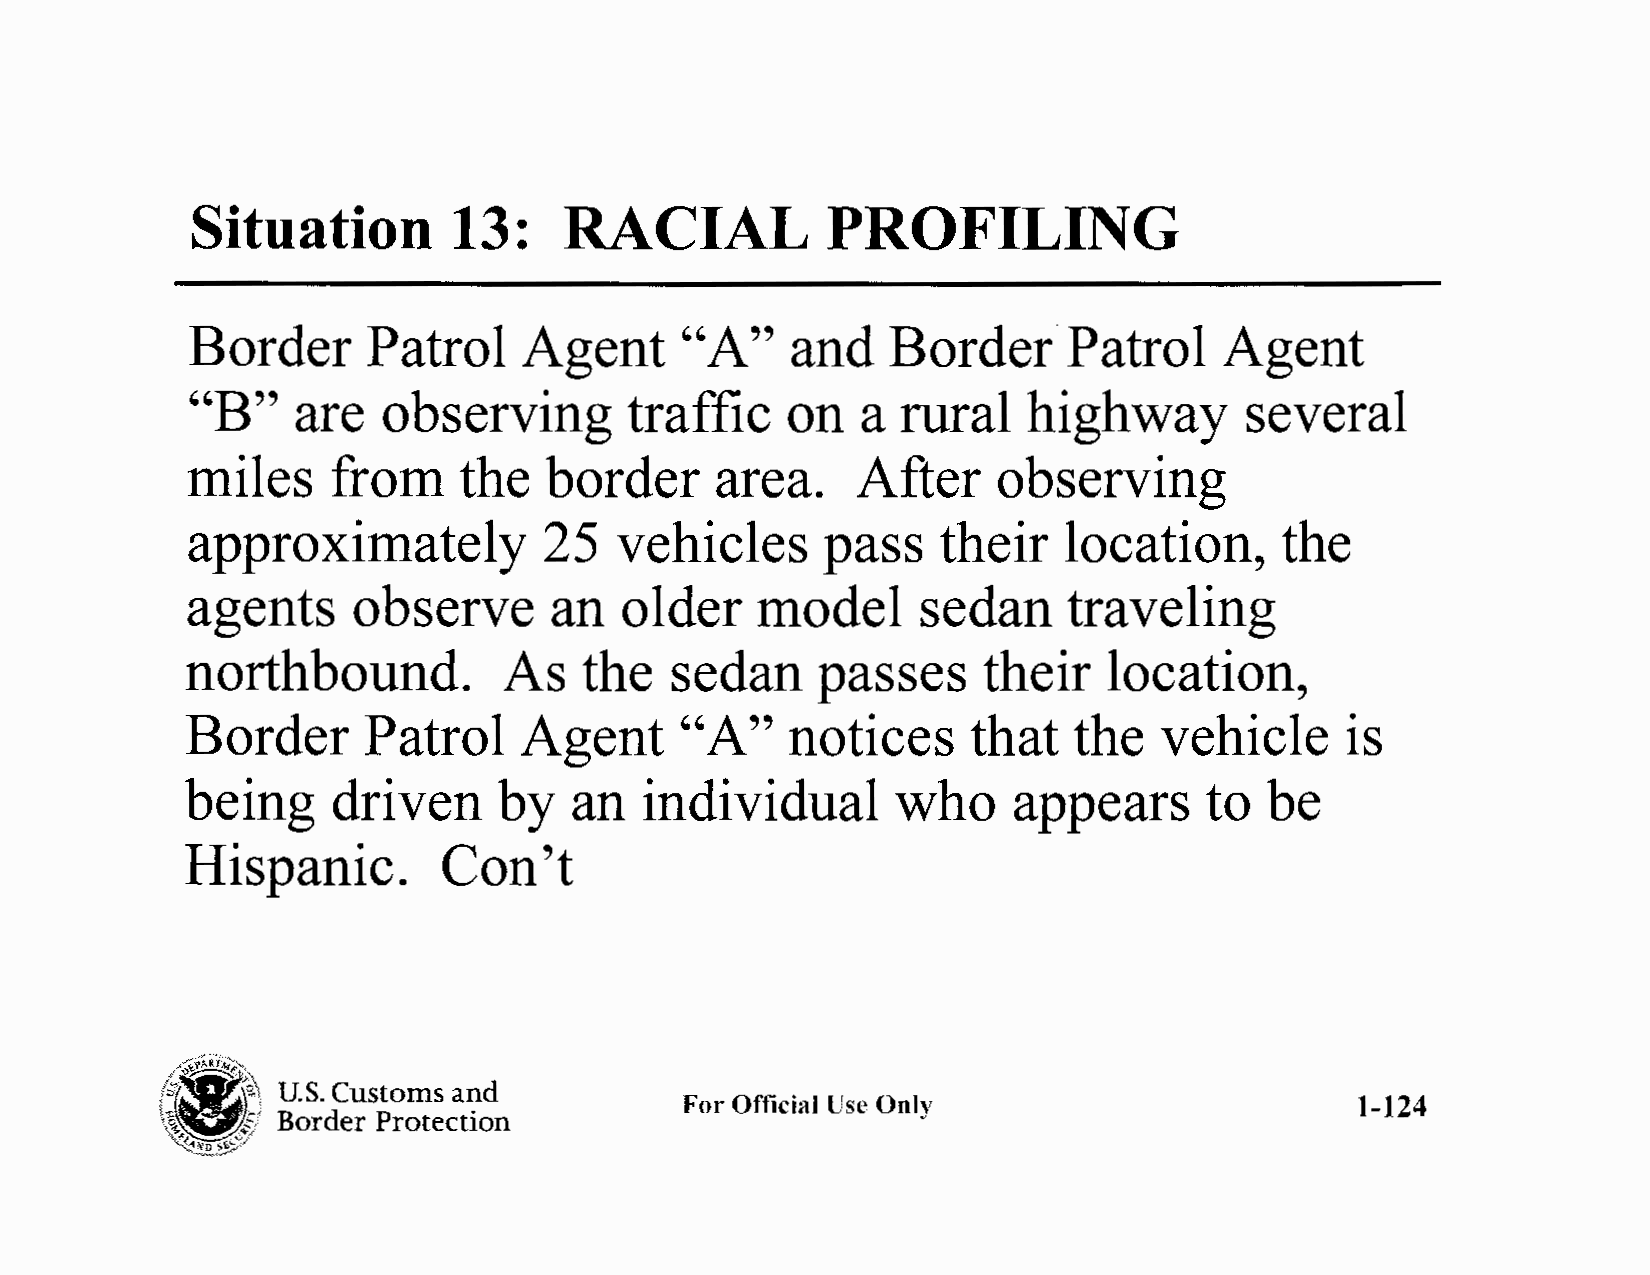
Situation        13:    RACIAL            PROFILING
 Border     Patrol     Agent     "A"    and    Border      Patrol    Agent
 "B"    are  observing        traffic   on   a  rural   highway       several
 miles     from    the   border     area.     After    observing
 approximately           25   vehicles      pass   their    location,     the
 agents     observe      an   older    model      sedan     traveling
 northbound.          As    the  sedan     passes     their   location,
 Border      Patrol     Agent     "A"    notices     that   the   vehicle     is
 being     driven     by   an   individual      who     appears      to  be
 Hispanic.        Con't
 '1j~3fA£RT)~~,
 U.S. Customs and
 ~~gs,                             For Official Use Only                        1-124
 Border Protection
 ~~,;;/